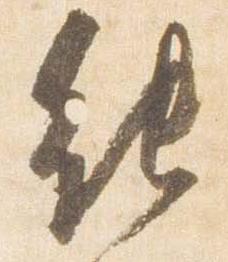
能